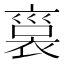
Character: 𧚱